Annual report of the Punjab Veterinary College and of the Civil Veterinary Department, Punjab - 1894-1908
Year: 1894
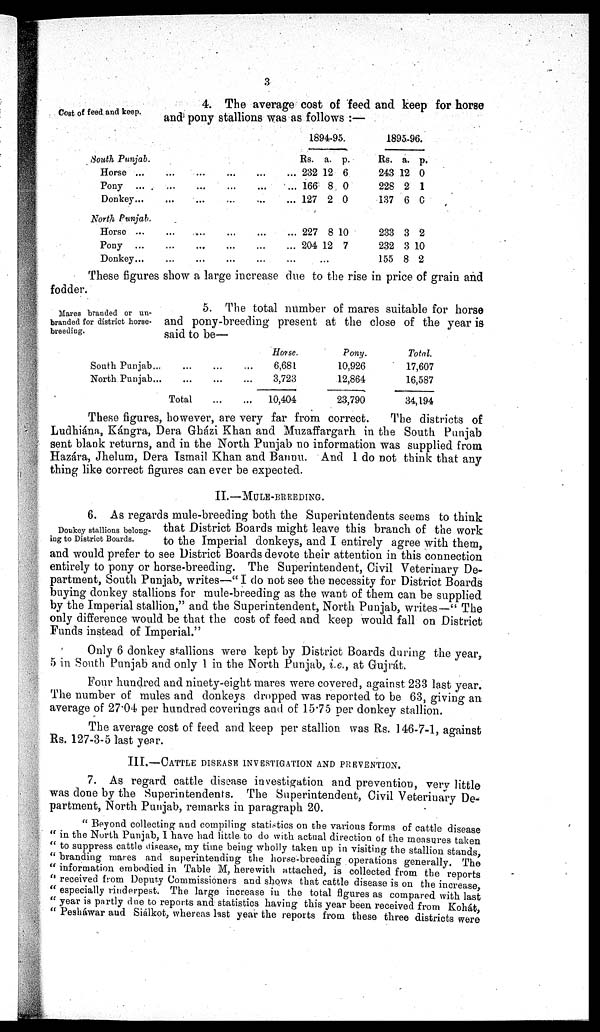
3
Cost of feed and keep.
4. The average cost of feed and keep for horse
and pony stallions was as follows:—
South Punjab.
Horse ... ... ... ... ... ...
Pony ... ... ... ... ... ...
Donkey ... ... ... ... ... ...
North Punjab.
Horse ... ... ... ... ... ... ...
Pony ... ... ... ... ... ... ...
Donkey ... ... ... ... ... ... ...
1894-95.
Rs.
232
166
127
227
204
a.
12
8
2
8
12
...
p.
6
0
0
10
7
1895-96.
Rs.
243
228
137
233
232
155
a.
12
2
6
3
3
8
p.
0
1
6
2
10
2
These figures show a large increase due to the rise in price of grain and
fodder.
Mares branded or un-
branded for district horse-
breeding.
5. The total number of mares suitable for horse
and pony-breeding present at the close of the year is
said to be—
South Punjab... ... ...
North Punjab... ... ... ...
Total ... ...
Horse.
6,681
3,723
10,404
Pony.
10,926
12,864
23,790
Total.
17,607
16,587
34,194
These figures, however, are very far from correct.
The districts of
Ludhiánn, Kángra, Dera Gházi Khan and Muzaffargarh in the South Punjab
sent blank returns, and in the North Punjab no information was supplied from
Hazára, Jhelum, Dera Ismail Khan and Bannu. And 1 do not think that any
thing like correct figures can ever be expected.
II.—MULE-BREEDING.
Donkey stallions belong-
ing to District Boards.
6. As regards mule-breeding both the Superintendents seems to think
that District Boards might leave this branch of the work
to the Imperial donkeys, and I entirely agree with them,
and would prefer to see District Boards devote their attention in this connection
entirely to pony or horse-breeding. The Superintendent, Civil Veterinary De-
partment, South Punjab, writes—"I do not see the necessity for District Boards
buying donkey stallions for mule-breeding as the want of them can be supplied
by the Imperial stallion," and the Superintendent, North Punjab, writes—" The
only difference would be that the cost of feed and keep would fall on District
Funds instead of Imperial."
Only 6 donkey stallions were kept by District Boards during the year,
5 in South Punjab and only 1 in the North Punjab, i.e., at Gujrát.
Four hundred and ninety-eight mares were covered, against 233 last year.
The number of mules and donkeys dropped was reported to be 63, giving an
average of 27.04 per hundred coverings and of 15.75 per donkey stallion.
The average cost of feed and keep per stallion was Rs. 146-7-1, against
Rs. 127-3-5 last year.
III.—CATTLE DISEASE INVESTIGATION AND PREVENTION.
7. As regard cattle disease investigation and prevention, very little
was done by the Superintendents. The Superintendent, Civil Veterinary De-
partment, North Punjab, remarks in paragraph 20.
"Beyond collecting and compiling statistics on the various forms of cattle disease
"in the North Punjab, I have had little to do with actual direction of the measures taken
"to suppress cattle disease, my time being wholly taken up in visiting the stallion stands
"branding mares and superintending the horse-breeding operations generally. The
"information embodied in Table M, herewith attached, is collected from the reports
"received from Deputy Commissioners and shows that cattle disease is on the increase
"especially rinderpest. The large increase in the total figures as compared with last
"year is partly due to reports and statistics having this year been received from Kohát,
"Pesháwar and Siálkot, whereas last year the reports from these three districts were